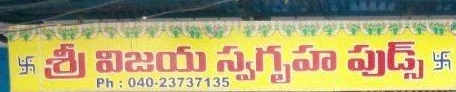
Language: telugu
Transcription: శ్రీ ఫుడ్స్ విజయ స్వగృహ